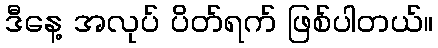
ဒီနေ့ အလုပ် ပိတ်ရက် ဖြစ်ပါတယ်။